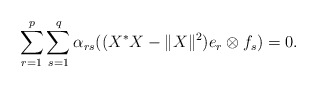
\begin{align*}\sum_{r=1}^p \sum_{s=1}^q \alpha_{rs} ((X^*X-\|X\|^2) e_r\otimes f_s)=0.\end{align*}